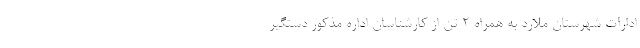
ادارات شهرستان ملارد به همراه ۲ تن از کارشناسان اداره مذکور دستگیر